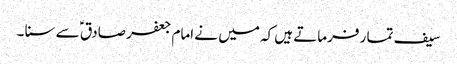
سیف تما ر فرماتے ہیں کہ میں نے امام جعفر صادق ؑ سے سنا ۔